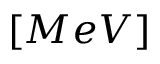
[ M e V ]